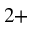
^ { 2 + }